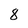
Character: 8